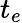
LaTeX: t_{e}